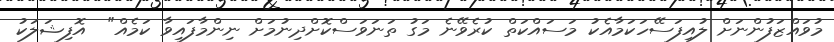
މުވައްޒަފުންނަށް ލުއިފަސޭހަކަމާއެކު މަސައްކަތް ކުރެވޭނެ މަގު ތަނަވަސްކޮށްދިނުމަށް ނިންމާފައިވާ ކަމެއް"  އޮފިޝަލަކު